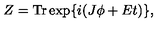
Z = \mathrm { T r } \exp \{ i ( J \phi + E t ) \} ,